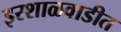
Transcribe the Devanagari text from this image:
इरशाळवाडीत